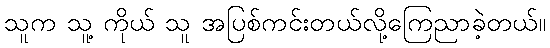
သူက သူ့ ကိုယ် သူ အပြစ်ကင်းတယ်လို့ကြေညာခဲ့တယ်။